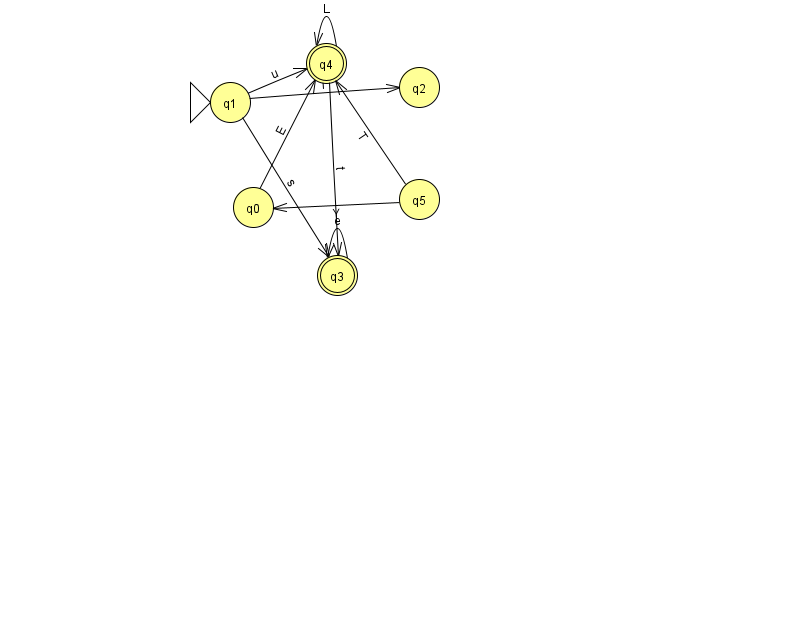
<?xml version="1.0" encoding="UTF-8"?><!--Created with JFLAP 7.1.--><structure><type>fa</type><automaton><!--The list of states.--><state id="0" name="q0"><x>253.0</x><y>194.0</y></state><state id="1" name="q1"><x>230.0</x><y>89.0</y><initial/></state><state id="2" name="q2"><x>419.0</x><y>74.0</y></state><state id="3" name="q3"><x>337.0</x><y>262.0</y><final/></state><state id="4" name="q4"><x>326.0</x><y>50.0</y><final/></state><state id="5" name="q5"><x>419.0</x><y>186.0</y></state><!--The list of transitions.--><transition><from>4</from><to>3</to><read>t</read></transition><transition><from>1</from><to>3</to><read>s</read></transition><transition><from>0</from><to>4</to><read>E</read></transition><transition><from>1</from><to>4</to><read>u</read></transition><transition><from>3</from><to>3</to><read>e</read></transition><transition><from>5</from><to>4</to><read>T</read></transition><transition><from>5</from><to>0</to><read>Y</read></transition><transition><from>4</from><to>4</to><read>L</read></transition><transition><from>1</from><to>2</to><read>l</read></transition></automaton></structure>